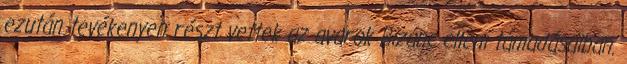
ezután tevékenyen részt vettek az avarok Bizánc elleni támadásaiban.